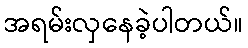
အရမ်းလှနေခဲ့ပါတယ်။